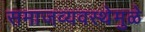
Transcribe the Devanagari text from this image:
समाजव्यवस्थेमुळे